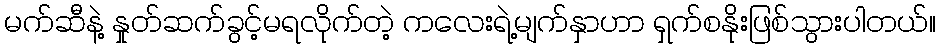
မက်ဆီနဲ့ နှုတ်ဆက်ခွင့်မရလိုက်တဲ့ ကလေးရဲ့မျက်နှာဟာ ရှက်စနိုးဖြစ်သွားပါတယ်။